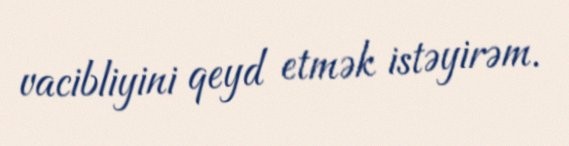
vacibliyini qeyd etmək istəyirəm.